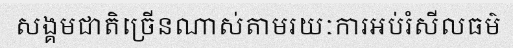
សង្គមជាតិច្រើនណាស់តាមរយៈការអប់រំសីលធម៌